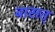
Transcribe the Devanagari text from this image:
बासत्